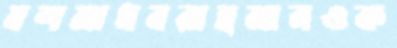
যশমাধবরাহমানওক